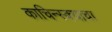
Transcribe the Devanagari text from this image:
काचिन्स्क्याचा